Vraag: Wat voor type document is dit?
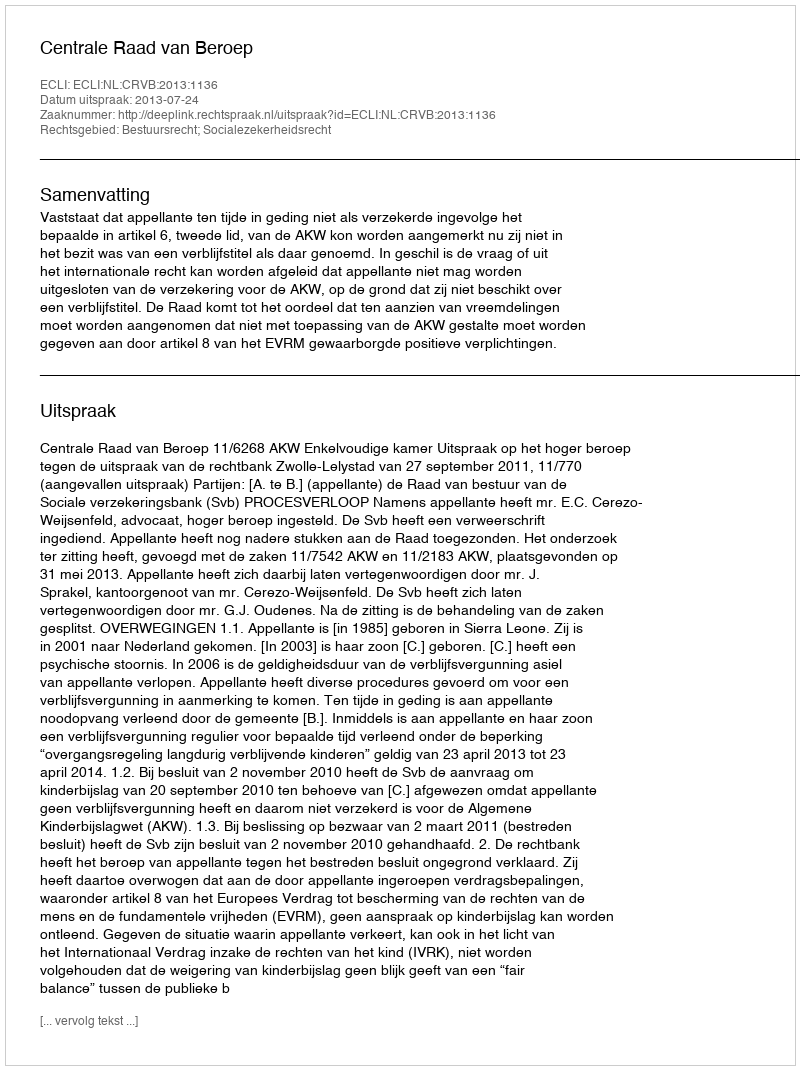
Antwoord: Uitspraak